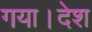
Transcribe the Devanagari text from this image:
गया।देश